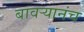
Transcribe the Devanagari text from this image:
बावऱ्यानंच